Vaccination in Bombay 1874-1876 - 1874-1876
Year: 1874
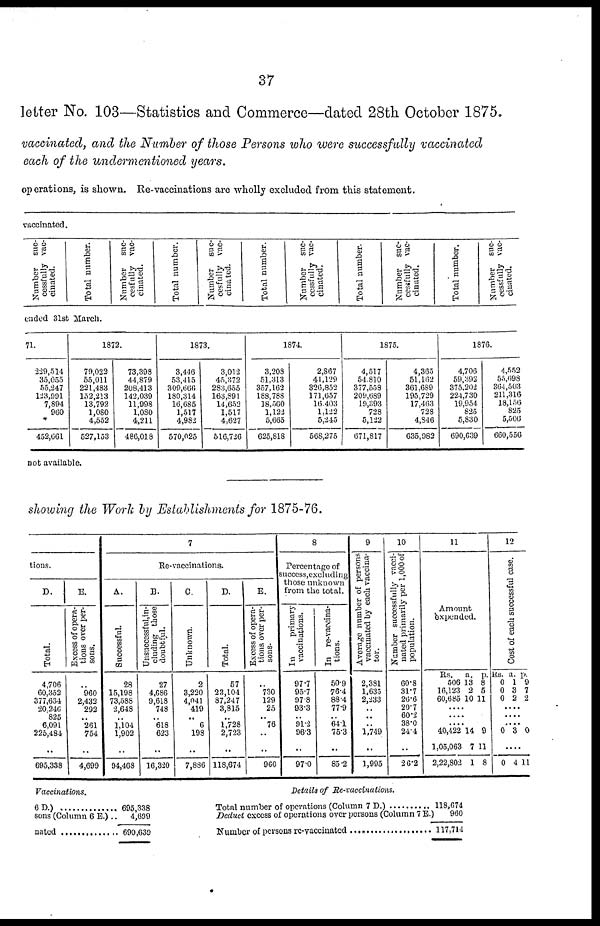
37
letter No. 103—Statistics and Commerce—dated 28th October 1875.
vaccinated, and the Number of those Persons who were successfully vaccinated
each of the undermentioned years.
operations, is shown. Re-vaccinations are wholly excluded from this statement.
vaccinated.
Number
suc-
cessfully vac-
cinated.
Total number.
Number
suc-
cesfully vac-
cinated.
Total number.
Number suc-
cesfully vac-
cinated.
Total number.
Number
suc-
cessfully vac-
cinated.
Total number.
Number
suc-
cessfully vac-
cinated.
Total number.
Number
suc-
cessfully vac-
cinated.
ended 31st March.
71.
229,514
35,055
55,247
123,991
7,894
960
*
452,661
1872.
79,022
55,011
221,483
152,213
13,792
1,080
4,552
527,153
73,398
44,879
208,413
142,039
11,998
1,080
4,211
486,018
1873.
3,446
53,415
309,666
180,314
16,685
1,517
4,982
570,025
3,012
45,372
283,655
163,891
14,652
1,517
4,627
516,726
1874.
3,208
51,313
357,162
188,788
18,560
1,122
5,665
625,818
2,867
44,129
326,852
171,657
16,403
1,122
5,245
568,275
1875.
4,517
54,810
377,558
209,689
19,393
728
5,122
671,817
4,365
51,162
361,689
195,729
17,463
728
4,846
635,982
1876.
4,706
59,392
375,202
224,730
19,954
825
5,830
690,639
4,552
55,698
364,503
211,316
18,156
825
5,506
660,556
not available.
showing the Work by Establishments for 1875-76.
tions.
D.
Total.
4,706
60,352
377,634
20,246
825
6,091
225,484
..
695,338
E.
Excess of opera-
tions over per-
sons.
.. 960
2,432
292
.. 261
754
..
4,699
7
Re-vaccinations.
A.
Successful.
28
15,198
73,588
2,648
.. 1,104
1,902
..
94,468
B.
Unsuccessful,in¬
cluding those
doubtful.
27
4,686
9,618
748
.. 618
623
..
16,320
C.
Unknown.
2
3,220
4,041
419
.. 6
198
..
7,886
D.
Total.
57
23,104
87,247
3,815
.. 1,728
2,723
..
118,674
E.
Excess of opera-
tions over per-
sons.
.. 730
129
25
.. 76
..
..
960
8
Percentage of
success,excluding
those unknown
from the total.
In
primary
vaccinations.
97.7
95.7
97.8
93.3
.. 91.2
96.3
..
97.0
In re-vaccina-
tions.
50.9
76.4
88.4
77.9
.. 64.1
75.3
..
85.2
9
Average number of persons
vaccinated by each vaccina-
tor.
2,381
1,635
2,233
.. ..
.. 1,749
..
1,995
10
Number successfully vacci-
nated primarily per 1,000 of
population.
60.8
31.7
26.6
20.7
60.2
38.0
24.4
..
26.2
11
Amount
èxpended.
Rs.
506
16,123
60,685
a.
18
2 10
p.
8
5
11
....
....
.... 40,422
1,05,063
2,22,802
14
7
1
9
11
8
12
Cost of each successful case.
Rs.
0
0
0
a.
1
3
2
p.
9
7
2
....
....
.... 0 3 0
..
0 4 11
Vaccinations.
6D.)
sons (Column 6 E.) ..
nated ............
695,338
4,699
690,639
Details of Re-vaccínations.
Total number of operations (Column 7 D.) ........
Deduct excess of operations over persons (Column 7 E.)
Number of persons re-vaccinated ................
118,674
960
117,714